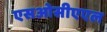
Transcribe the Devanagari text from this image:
एसओसीएएल